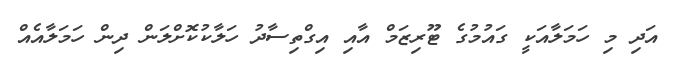
އަދި މި ހަމަލާއަކީ ގައުމުގެ ޓޫރިޒަމް އާއި އިގްތިސާދު ހަލާކުކޮށްލަން ދިން ހަމަލާއެއް